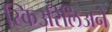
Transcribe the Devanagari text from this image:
स्किउरिलिअने